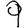
Digit: 9